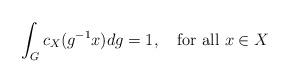
LaTeX: \begin{align*}\int_G c_X (g^{-1}x)dg=1,\quad\mbox{for all}~x\in X\end{align*}